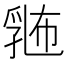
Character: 𪜛